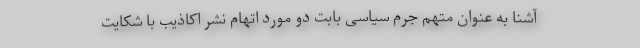
آشنا به عنوان متهم جرم سیاسی بابت دو مورد اتهام نشر اکاذیب با شکایت